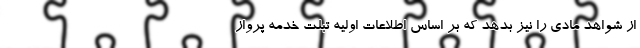
از شواهد مادی را نیز بدهد که بر اساس اطلاعات اولیه تبلت خدمه پرواز